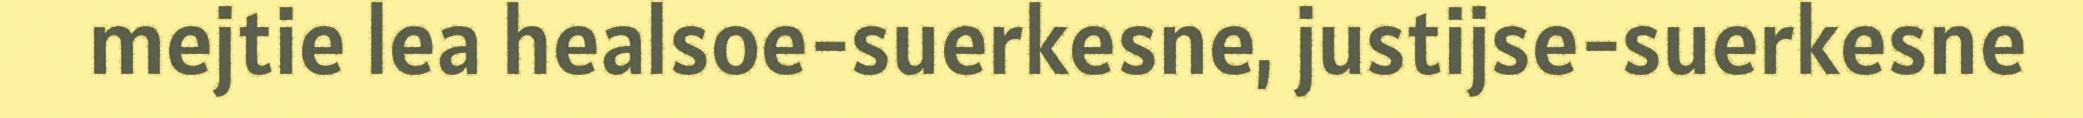
mejtie lea healsoe-suerkesne, justijse-suerkesne